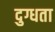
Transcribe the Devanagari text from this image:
दुग्धता